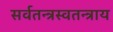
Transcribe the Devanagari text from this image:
सर्वतन्त्रस्वतन्त्राय